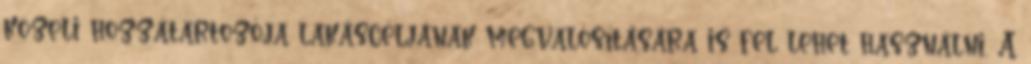
közeli hozzátartozója lakáscéljának megvalósítására is fel lehet használni. A